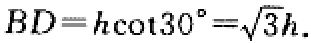
$BD = h\cot30^{\circ}=\sqrt{3}h.$